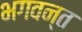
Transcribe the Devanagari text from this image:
भगवन्‍त